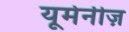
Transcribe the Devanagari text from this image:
यूमेनीज़